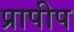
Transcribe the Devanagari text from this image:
प्रापीप